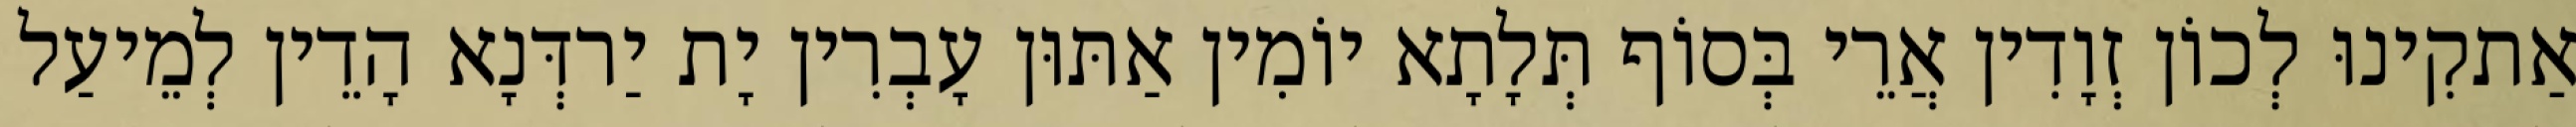
אַתקִינוּ לְכוֹן זְוָדִין אֲרֵי בְּסוֹף תְּלָתָא יוֹמִין אַתּוּן עָבְרִין יָת יַרדְּנָא הָדֵין לְמֵיעַל